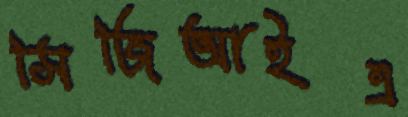
সিজিআইএ